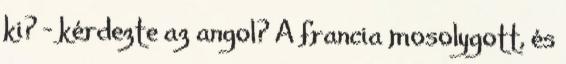
ki? – kérdezte az angol? A francia mosolygott, és